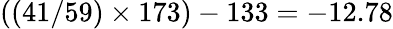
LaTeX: ((41/59)\times 173)-133=-12.78